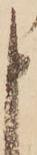
申